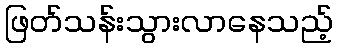
ဖြတ်သန်းသွားလာနေသည့်